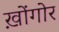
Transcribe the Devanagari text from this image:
ख़ोंगोर